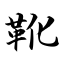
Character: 靴